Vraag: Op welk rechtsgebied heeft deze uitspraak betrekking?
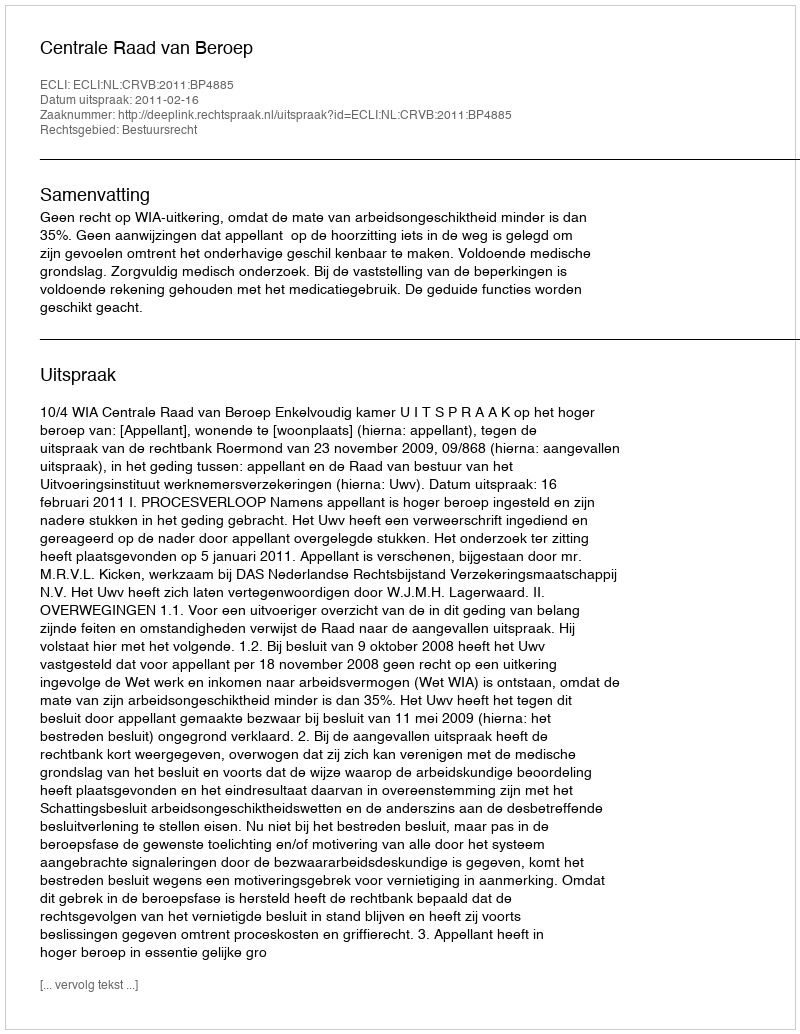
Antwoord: Bestuursrecht